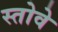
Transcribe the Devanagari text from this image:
स्तोवे